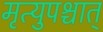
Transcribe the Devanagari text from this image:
मृत्युपश्चात्‌